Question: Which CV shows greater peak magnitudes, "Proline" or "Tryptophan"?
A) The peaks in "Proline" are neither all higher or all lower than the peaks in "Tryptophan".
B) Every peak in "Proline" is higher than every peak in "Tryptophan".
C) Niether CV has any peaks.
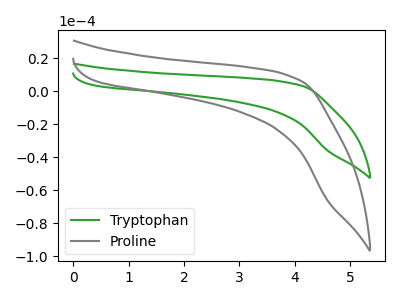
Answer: <think>The green curve "Tryptophan" has no peaks. The gray curve "Proline" has no peaks.</think>
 <answer>C) Niether CV has any peaks.</answer>
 <eval>C</eval>